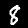
Label: 8